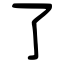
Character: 了